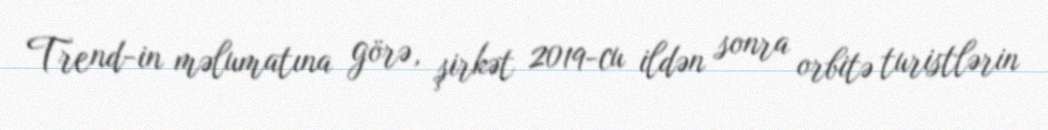
Trend-in məlumatına görə, şirkət 2019-cu ildən sonra orbitə turistlərin